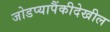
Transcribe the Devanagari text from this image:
जोडप्यापैंकीदेखील